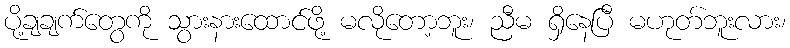
ပို့ချချက်တွေကို သွားနားထောင်ဖို့ မလိုတော့ဘူး၊ ညီမ ရှိနေပြီ မဟုတ်ဘူးလား၊